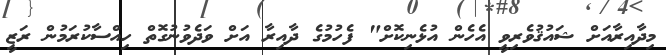
މިދާއިރާއަށް ޝައުޤުވެރިވީ އެހެން އުޅެނިކޮށް" ފެހުމުގެ ދާއިރާ އަށް ވަދެވުނުގޮތް ހިއްސާކުރަމުން ރަޒީ